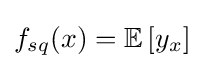
f_{sq}(x)=\mathbb {E} \left[y_{x}\right]